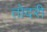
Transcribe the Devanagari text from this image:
तोदरी